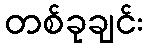
တစ်ခုချင်း